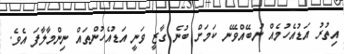
އިތުރު އަޑުއެހުމެއް ނުބޭއްވޭނެ ކަމަށް ބުނެ ގާޒީ ވަނީ އަޑުއެހުންތައް ނިންމާލާފަ އެވެ.